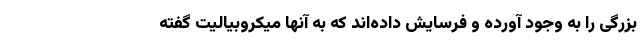
بزرگی را به وجود آورده‌ و فرسایش داده‌اند که به آنها میکروبیالیت گفته